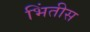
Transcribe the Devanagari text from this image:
भिंतीस